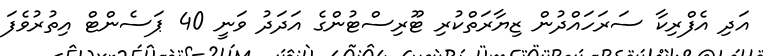
އަދި އެފްރިކާ ސަރަހައްދުން ޒިޔާރަތްކުރި ޓޫރިސްޓުންގެ އަދަދު ވަނީ 40 ޕަސެންޓް އިތުރުވެފަ